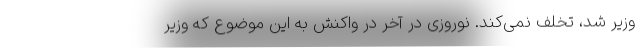
وزیر شد، تخلف نمی‌کند. نوروزی در آخر در واکنش به این موضوع که وزیر